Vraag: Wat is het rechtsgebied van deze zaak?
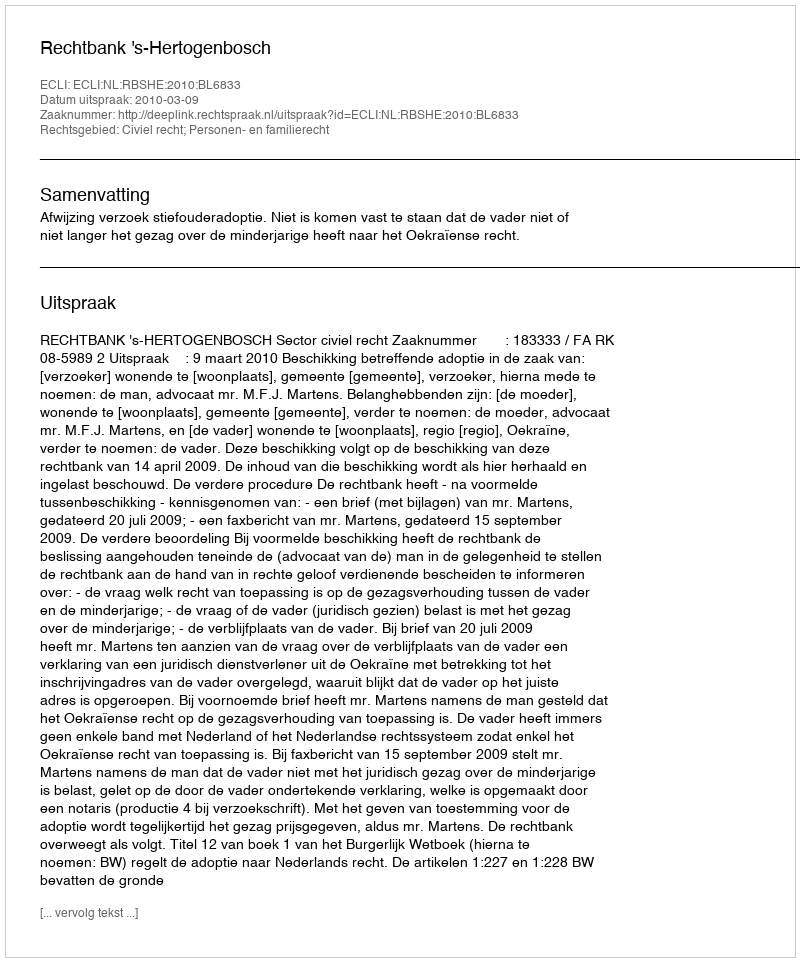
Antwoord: Civiel recht; Personen- en familierecht